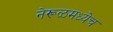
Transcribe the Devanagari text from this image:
नेरूळमध्येच